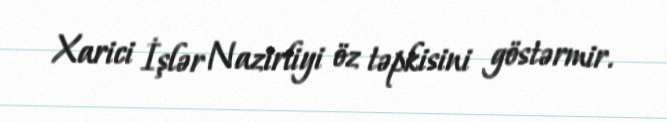
Xarici İşlər Nazirliyi öz təpkisini göstərmir.